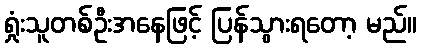
ရှုံးသူတစ်ဦးအနေဖြင့် ပြန်သွားရတော့ မည်။